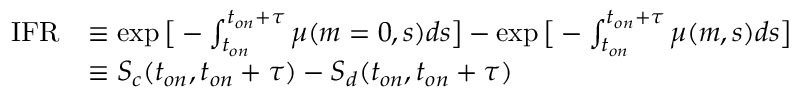
\begin{array} { r l } { \mathrm { I F R } } & { \equiv \exp { \big [ - \int _ { t _ { o n } } ^ { t _ { o n } + \tau } \mu ( m = 0 , s ) d s \big ] } - \exp { \big [ - \int _ { t _ { o n } } ^ { t _ { o n } + \tau } \mu ( m , s ) d s \big ] } } \\ & { \equiv S _ { c } ( t _ { o n } , t _ { o n } + \tau ) - S _ { d } ( t _ { o n } , t _ { o n } + \tau ) } \end{array}